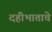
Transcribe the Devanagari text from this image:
दहीभाताचे